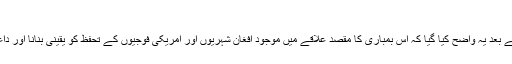
​
پينٹاگان کی جانب سے بھی اس فوجی کاروائ کے بعد يہ واضح کيا گيا کہ اس بمباری کا مقصد علاقے ميں موجود افغان شہريوں اور امريکی فوجيوں کے تحفظ کو يقینی بنانا اور داعش کے جنگجوؤں کے ليے زمين تنگ کرنا تھا۔